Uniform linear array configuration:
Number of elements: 4
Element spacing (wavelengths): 1
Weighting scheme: uniform
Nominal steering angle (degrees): -60
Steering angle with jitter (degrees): -61.135
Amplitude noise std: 0.05
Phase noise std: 0.05

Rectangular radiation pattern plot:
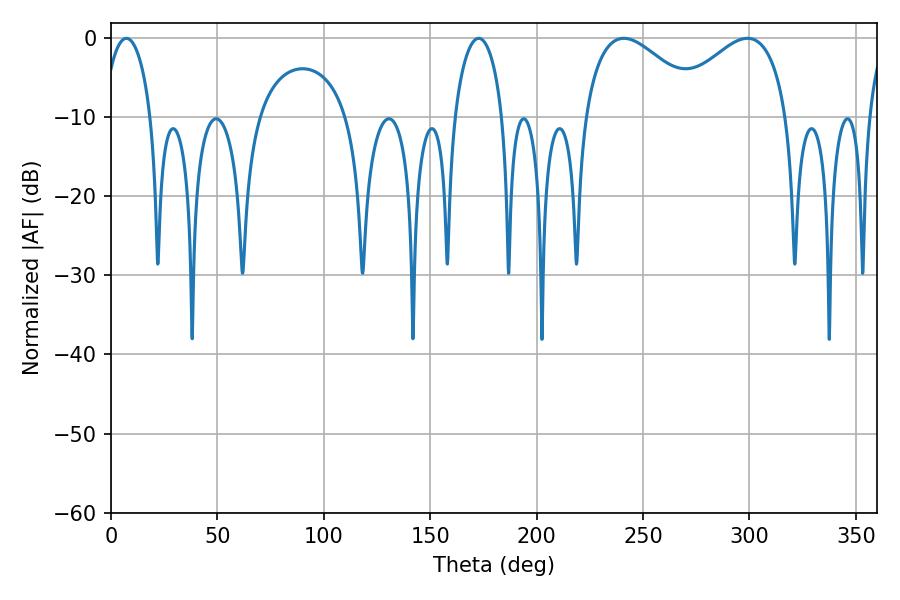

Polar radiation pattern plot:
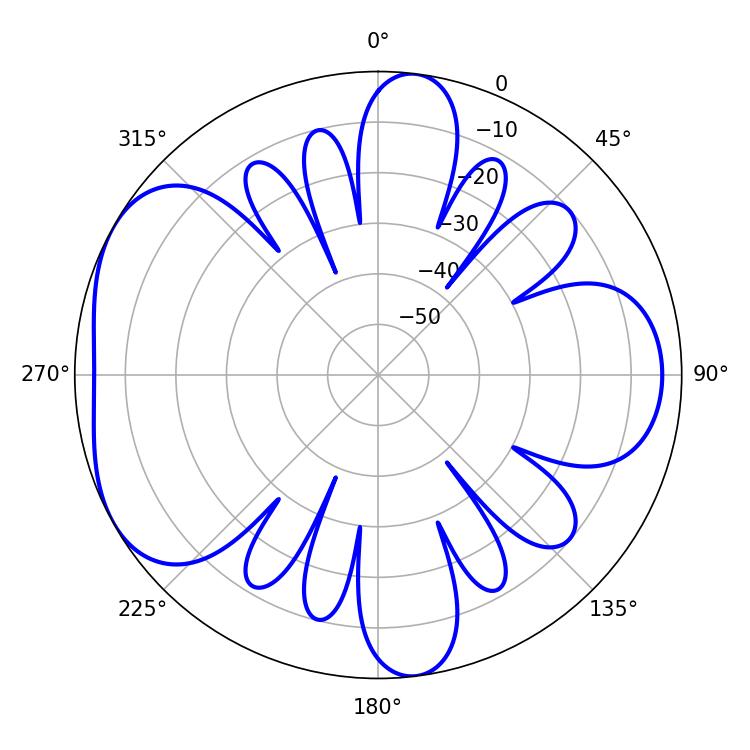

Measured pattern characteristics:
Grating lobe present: TRUE
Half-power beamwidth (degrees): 12.78
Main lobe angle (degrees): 7.2